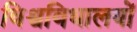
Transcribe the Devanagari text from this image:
विश्वविधालयों